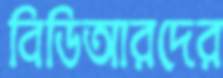
বিডিআরদের